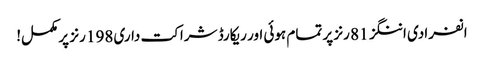
انفرادی اننگز 81 رنز پر تمام ہوئی اور ریکارڈ شراکت داری 198 رنز پر مکمل!